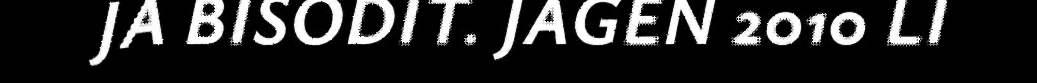
JA BISODIT. JAGEN 2010 LI